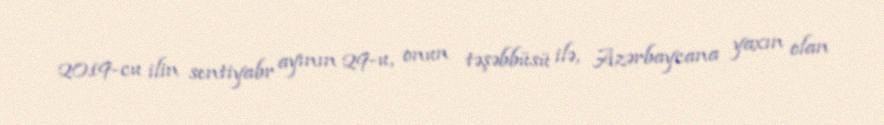
2019-cu ilin sentiyabr ayının 29-u, onun təşəbbüsü ilə, Azərbaycana yaxın olan